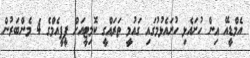
އެމްޑީއޭ އިން ހުށައެޅި ހުށައެޅުމުގައި ގައުމީ ތަރައްގީ ކޮމިޓީއަށް ޕީޕީއެމްގެ 4 މެންބަރުން